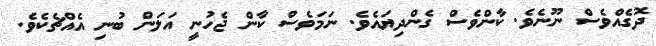
ދޮގެއްވެސް ނޫނެވެ. ކާންވެސް ގެންދިޔައެވެ. ނަމަވެސް ކާން ޖެހުނީ އަލަން ބުނި އެއްޗެކެވެ.